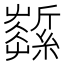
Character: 𦆰